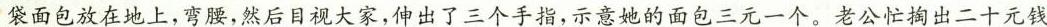
袋面包放在地上，弯腰，然后目视大家，伸出了三个手指，示意她的面包三元一个。老公忙掏出二十元钱